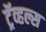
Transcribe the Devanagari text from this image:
ट्रॅव्हल्स